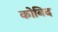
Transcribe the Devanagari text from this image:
कोबिद